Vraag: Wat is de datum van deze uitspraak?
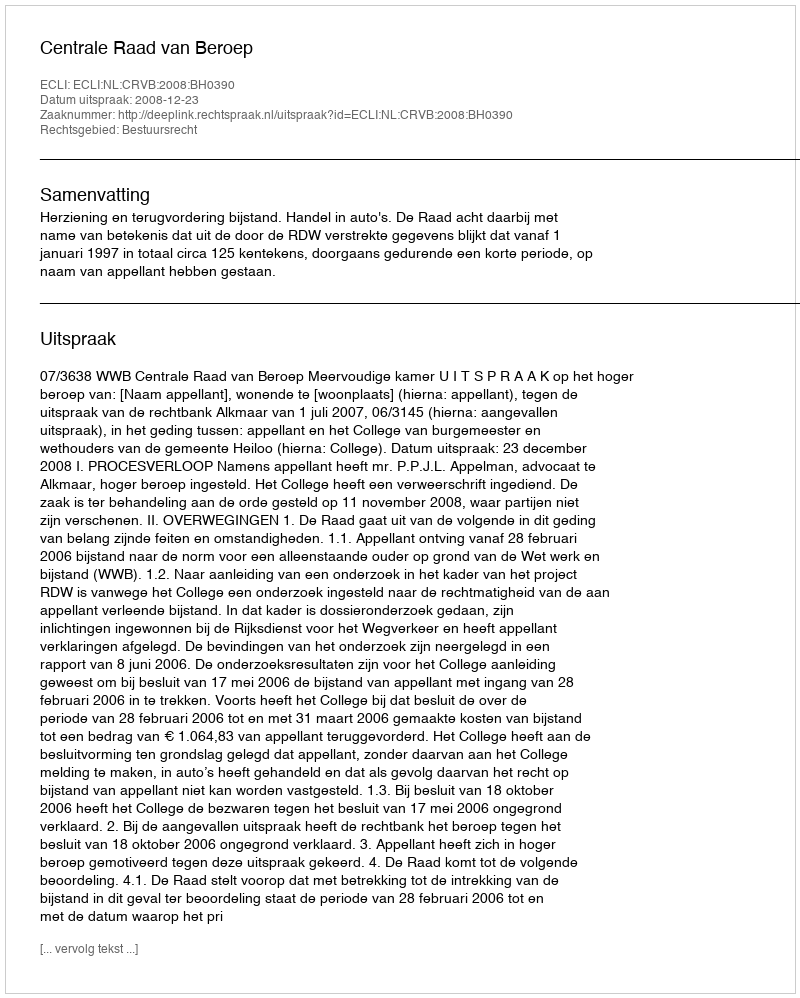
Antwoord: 2008-12-23